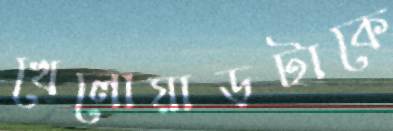
খেলোয়াড়টাকে